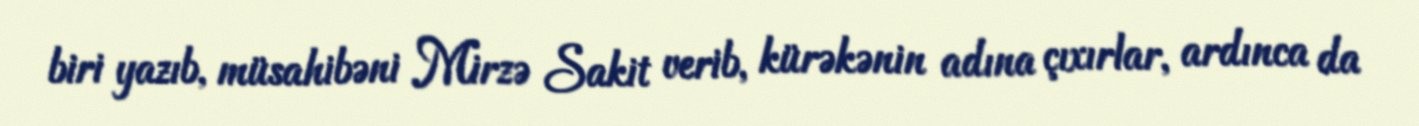
biri yazıb, müsahibəni Mirzə Sakit verib, kürəkənin adına çıxırlar, ardınca da